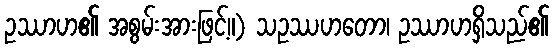
ဥဿာဟ၏ အစွမ်းအားဖြင့်။) သဥဿဟတော၊ ဥဿာဟရှိသည်၏